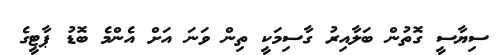
ސިޔާސީ ގޮތުން ބަލާއިރު ގާސިމަކީ ތިން ވަނަ އަށް އެންމެ ބޮޑު ޕާޓީގެ